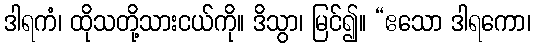
ဒါရကံ၊ ထိုသတို့သားငယ်ကို။ ဒိသွာ၊ မြင်၍။ “ဧသော ဒါရကော၊